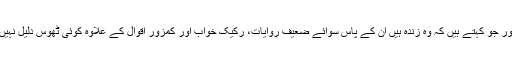
اور جو کہتے ہیں کہ وہ زندہ ہیں ان کے پاس سوائے ضعیف روایات، رکیک خواب اور کمزور اقوال کے علاوہ کوئی ٹھوس دلیل نہیں۔